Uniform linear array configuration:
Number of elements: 4
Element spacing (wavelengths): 0.75
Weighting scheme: kaiser
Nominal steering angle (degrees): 30
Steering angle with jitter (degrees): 31.732
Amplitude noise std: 0.05
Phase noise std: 0.05

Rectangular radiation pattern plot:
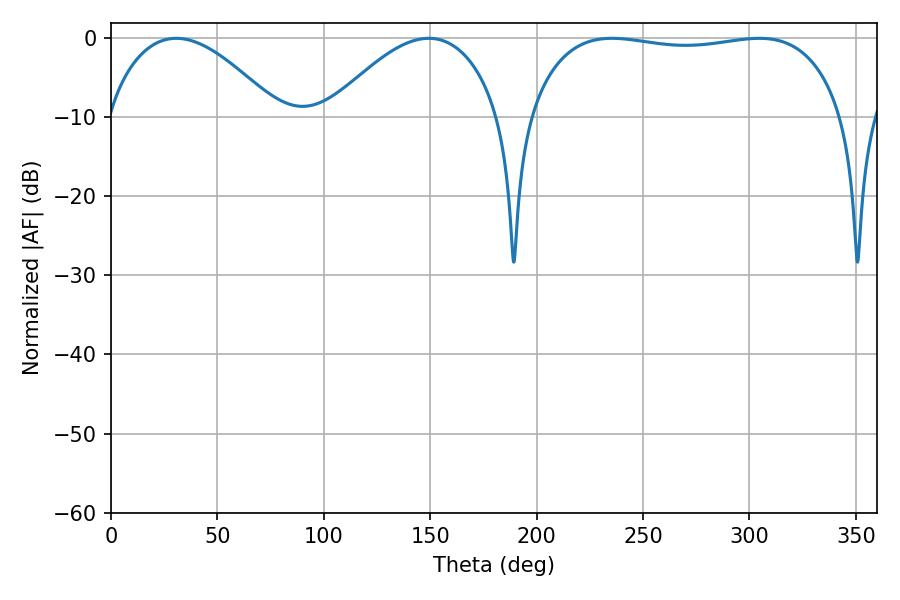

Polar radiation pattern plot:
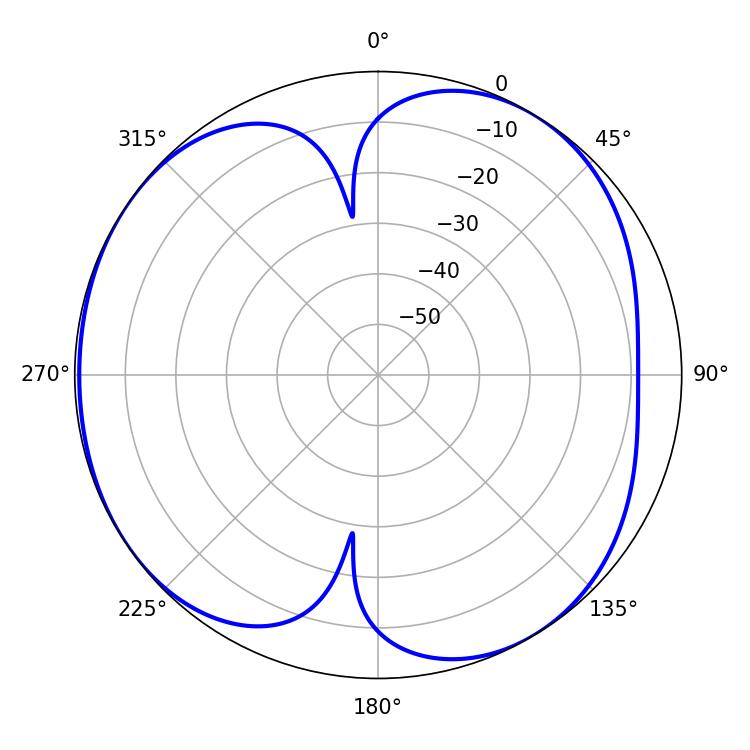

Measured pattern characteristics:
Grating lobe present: TRUE
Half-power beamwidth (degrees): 118.8
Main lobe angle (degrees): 235.44